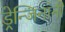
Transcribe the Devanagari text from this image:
ड्रेन्जिनांनी